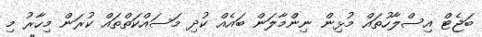
ބަޖެޓް އިސްލާހުތައް މުޅިން ނިންމާލަން ބައެއް ކުދި މަސައްކަތްތައް ކުރަން މިހާރު މި